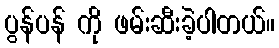
ပွန်ပန် ကို ဖမ်းဆီးခဲ့ပါတယ်။